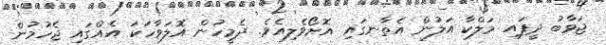
ޖަވާބު ދީފައި މަލްކާ އަލުން އެތާނގައި އޮށޯވެލިއެވެ. ދެމީހުން އޮލަވާހަކަ އެއްގައި ޖެހުމުން